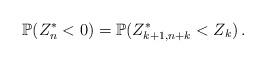
LaTeX: \begin{align*}\mathbb P(Z_n^*<0)=\mathbb P(Z_{k+1,n+k}^*<Z_k)\, .\end{align*}